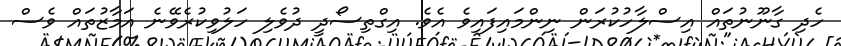
ހެދި ގާނޫނުތައް އިސްލާހުކުރަން ނިންމައިފައިވެ އެވެ. އިގްތިސޯދީ ދުވެލި ހަލުވިކުރެވޭނެ އަމާޒުތައް ވެސް